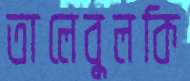
তালেবুলকি